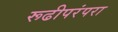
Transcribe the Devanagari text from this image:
रूढीपरंपरा